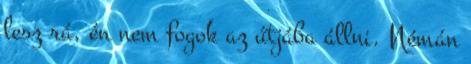
lesz rá, én nem fogok az útjába állni. Némán